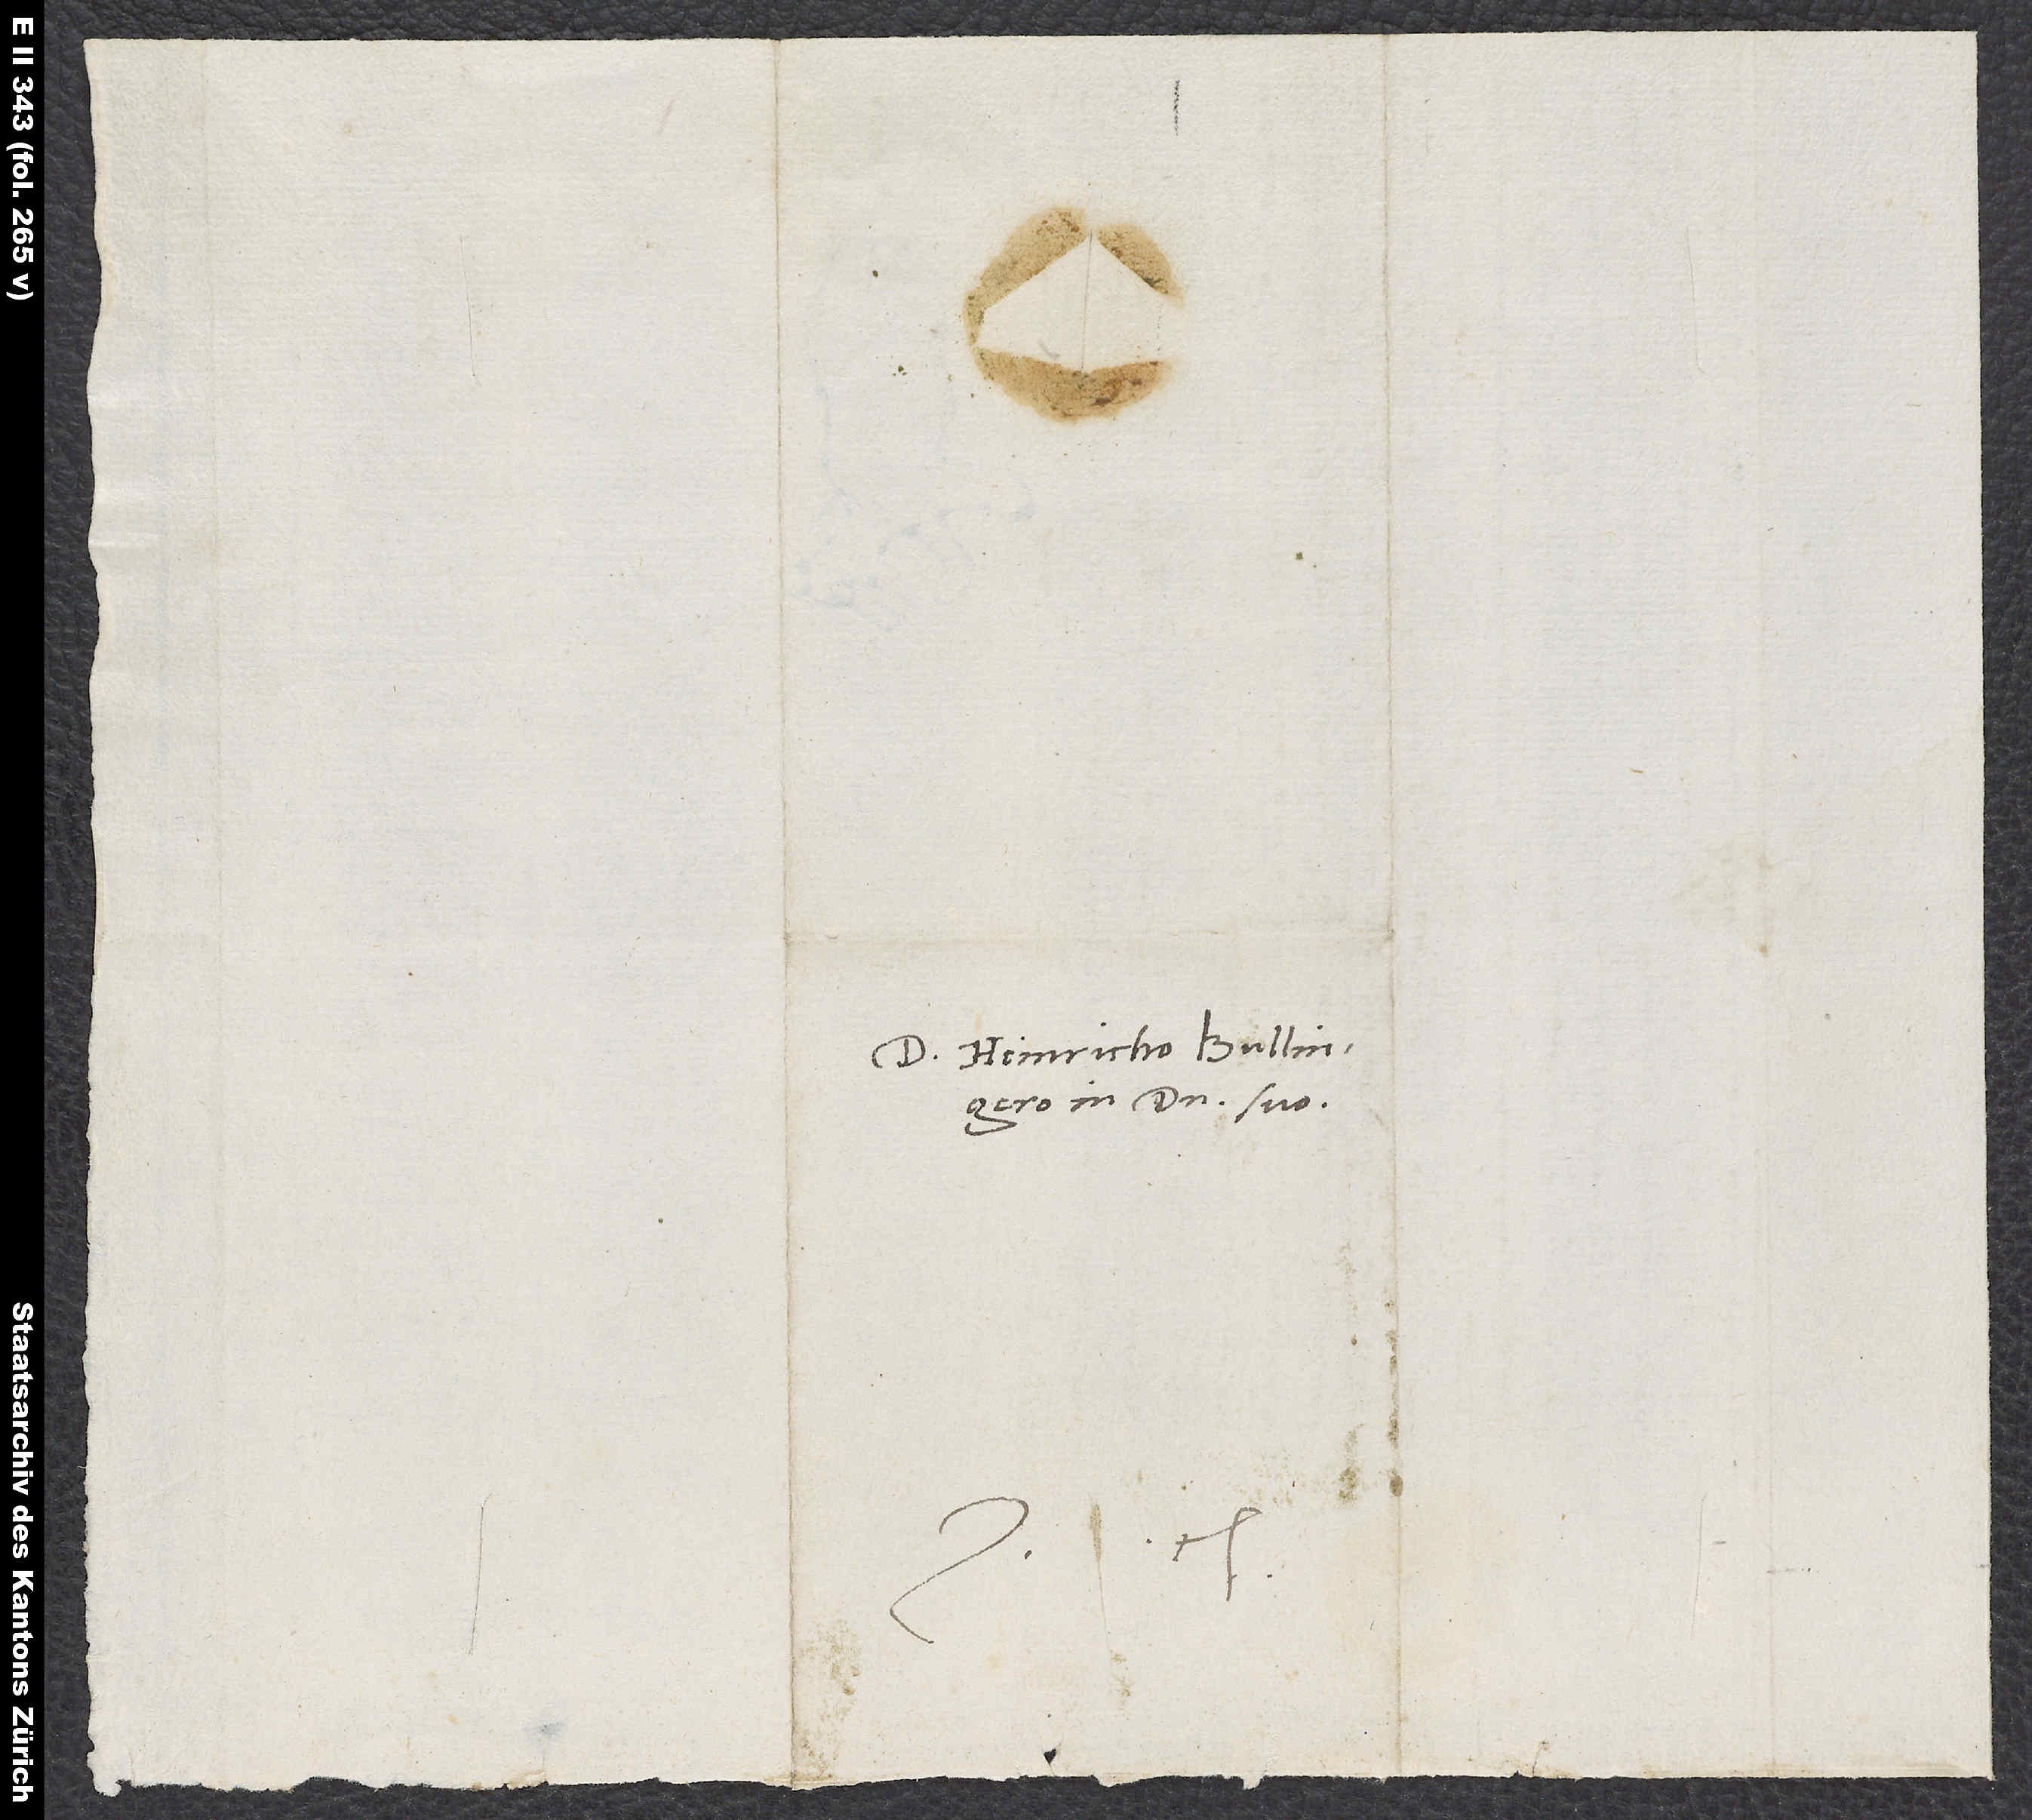
S.

Heinricho Bullingero,
in domino suo.